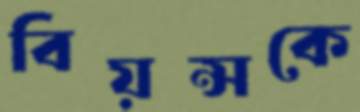
বিয়ন্সকে